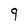
Character: 9